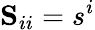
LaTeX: \mathbf{S}_{ii}=s^{i}